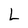
Character: L